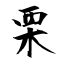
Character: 栗